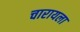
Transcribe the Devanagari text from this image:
चारायला